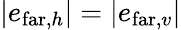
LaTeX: |e_{\mathrm{far},h}|=|e_{\mathrm{far},v}|